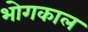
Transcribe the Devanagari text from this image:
भोगकाल